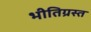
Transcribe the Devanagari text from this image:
भीतिग्रस्त